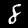
Label: 8